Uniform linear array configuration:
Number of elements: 12
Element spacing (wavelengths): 0.5
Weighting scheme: binomial
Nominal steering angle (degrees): -60
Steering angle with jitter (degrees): -58.425
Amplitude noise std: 0.05
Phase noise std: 0.05

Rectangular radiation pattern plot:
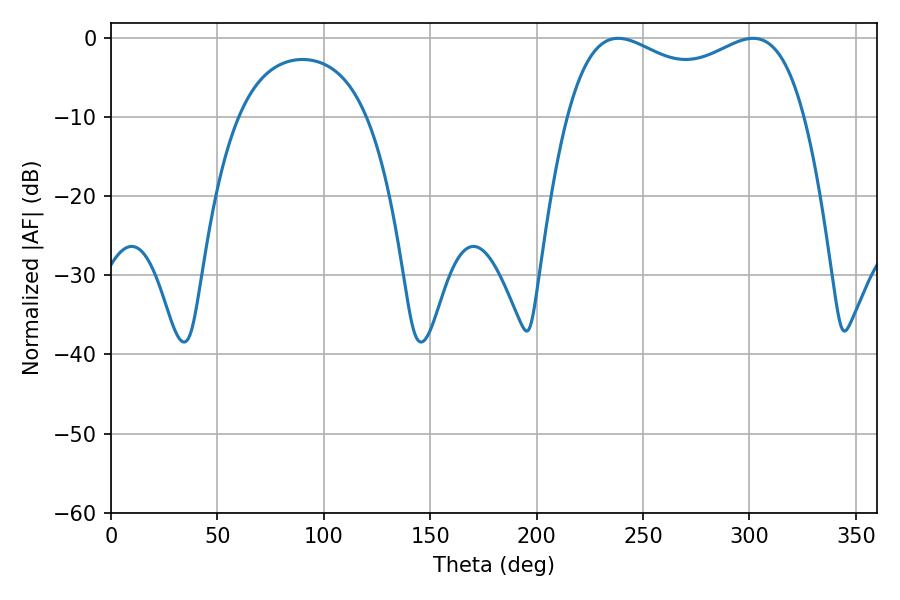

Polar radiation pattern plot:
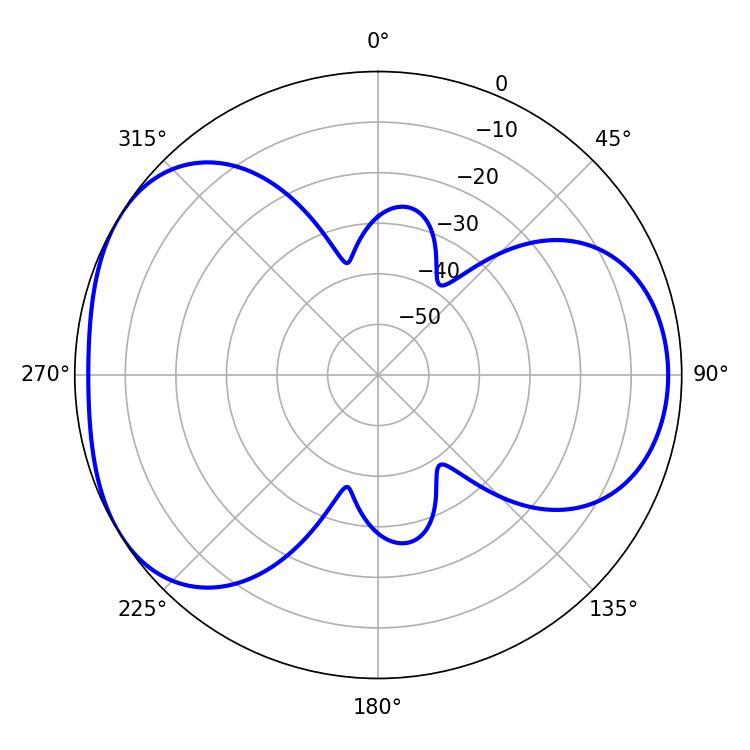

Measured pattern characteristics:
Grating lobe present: FALSE
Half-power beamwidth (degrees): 92.16
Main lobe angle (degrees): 238.32